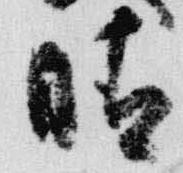
晴